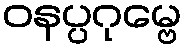
ဝနပ္ပဂုမ္ဗေ